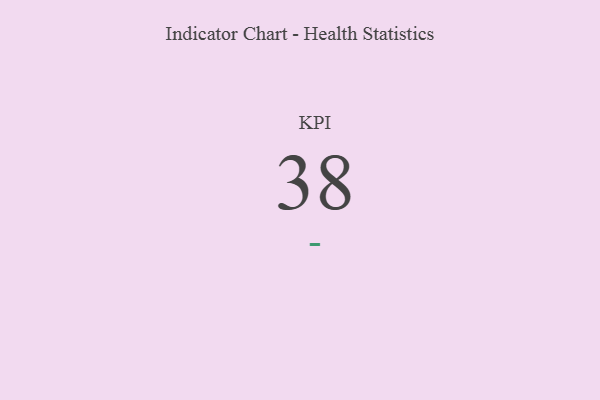
{"axis": {"x": "KPI", "y": "Value"}, "legend": [""], "data": [{"x": "KPI", "y": 38, "type": ""}]}